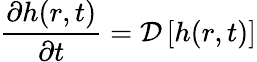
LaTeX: \frac{\partial h(r,t)}{\partial t}=\mathcal{D}\left[h(r,t)\right]